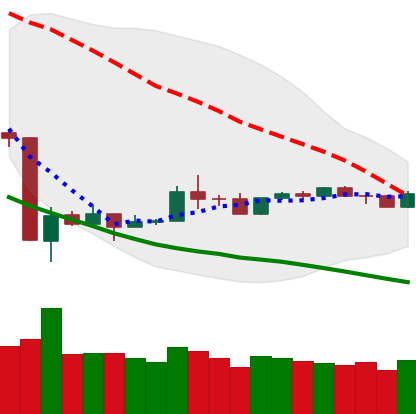
Ticker: TRX-USD
Chart end date: 2020-03-30
Forward return: 4.249%
Label: up_3_5